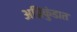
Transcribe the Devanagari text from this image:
अग्निकुंडात